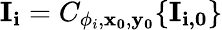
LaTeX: \mathbf{I_{i}}=C_{\phi_{i},\mathbf{x_{0}},\mathbf{y_{0}}}\{ \mathbf{I_{i,0}}\}